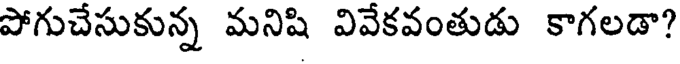
పోగుచేసుకున్న మనిషి వివేకవంతుడు కాగలడా?